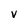
Character: V